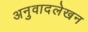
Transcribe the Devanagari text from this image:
अनुवादलेखन